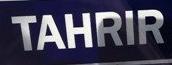
tahrir